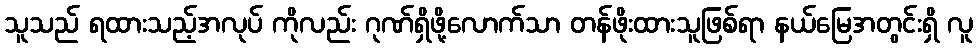
သူသည် ရထားသည့်အလုပ် ကိုလည်း ဂုဏ်ရှိဖို့လောက်သာ တန်ဖိုးထားသူဖြစ်ရာ နယ်မြေအတွင်းရှိ လူ